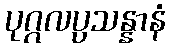
ပုဂ္ဂလပ္ပသန္နာနံ